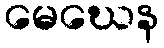
မေဃေန